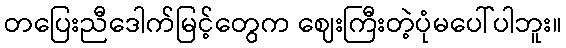
တပြေးညီဒေါက်မြင့်တွေက ဈေးကြီးတဲ့ပုံမပေါ်ပါဘူး။